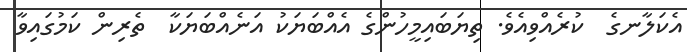
އެކަލާނގެ  ކުރެއްވިއެވެ. ތިޔަބައިމީހުންގެ އެއްބަޔަކު އަނެއްބަޔަކާ  ތެރިން ކަމުގައިވާ